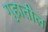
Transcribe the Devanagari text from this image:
गृहातील